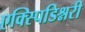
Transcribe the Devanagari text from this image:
एक्स्पिडिश्नरी